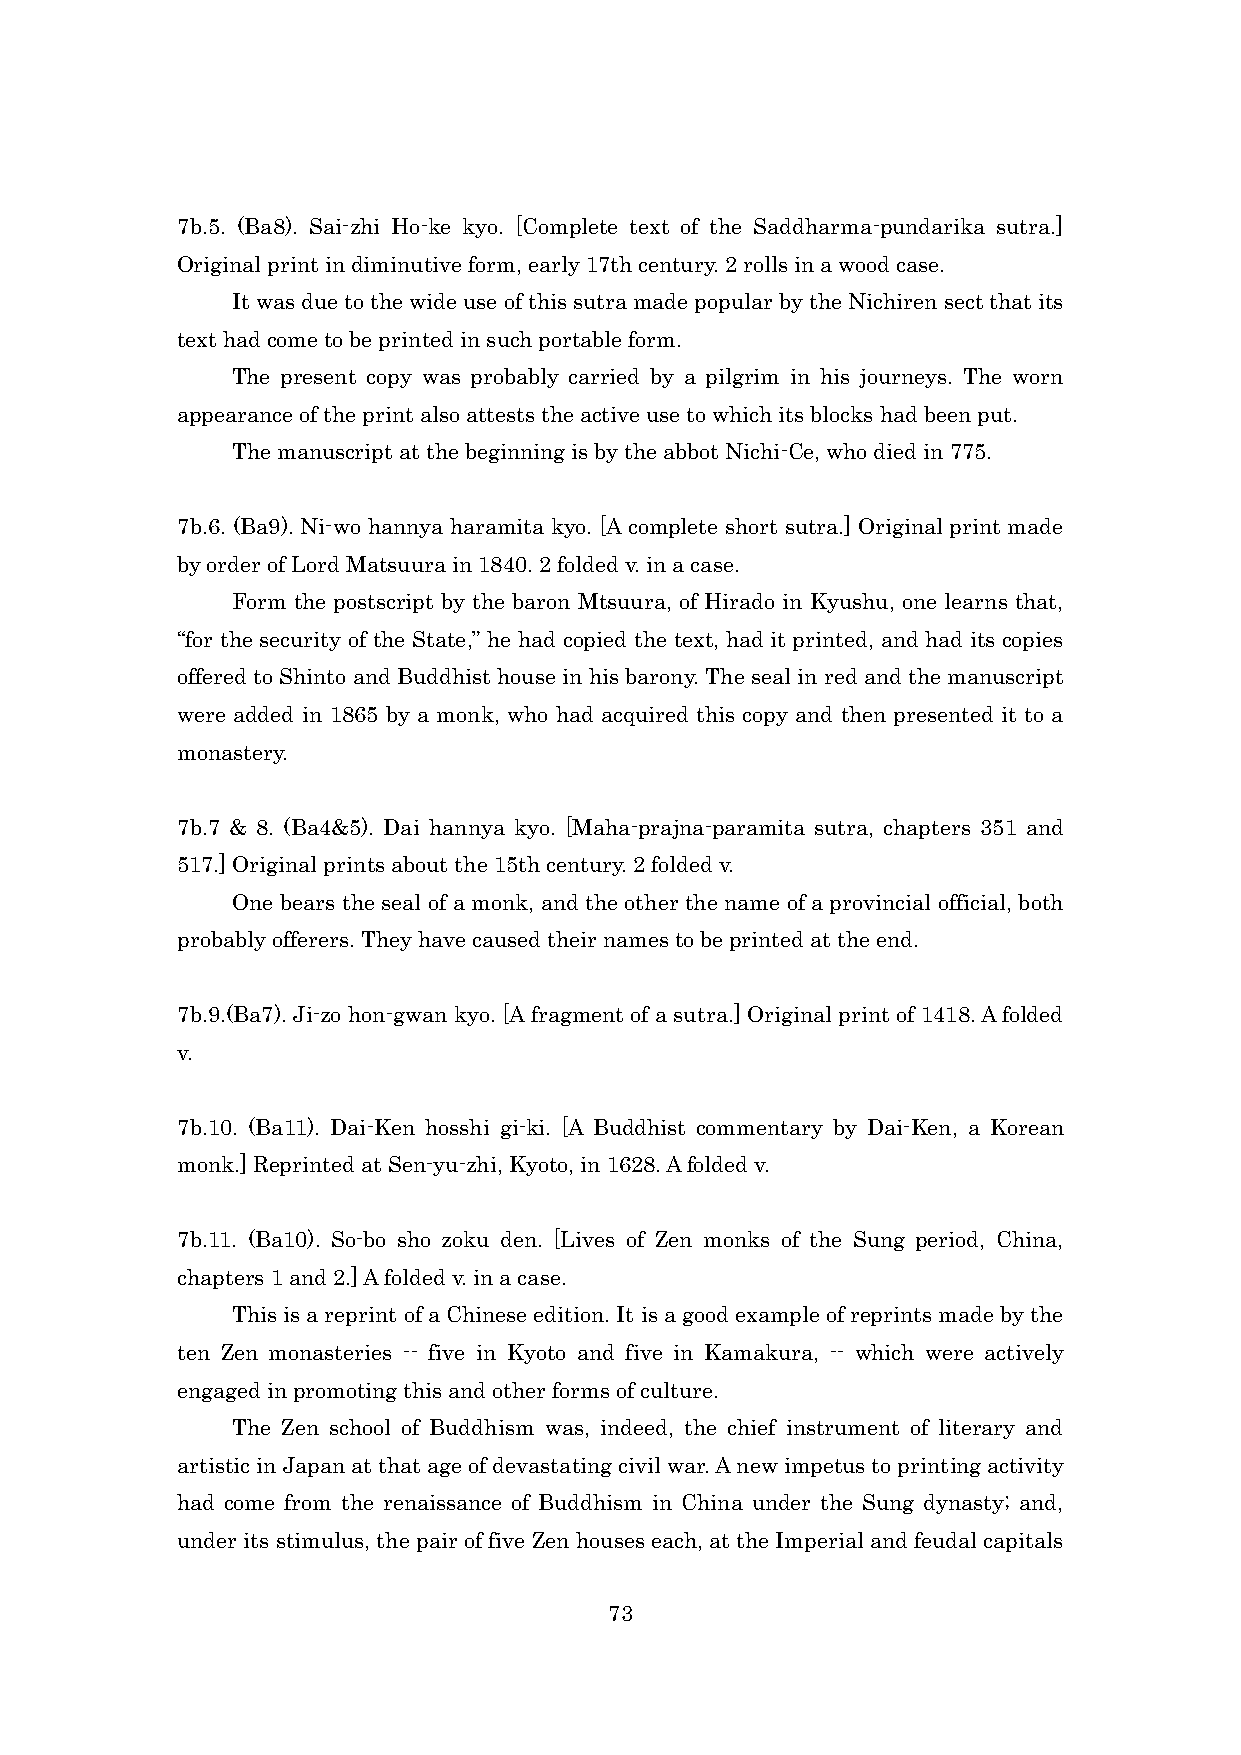
7b.5. (Ba8). Sai-zhi Ho-ke kyo. [Complete text of the Saddharma-pundarika sutra.]
 Original print in diminutive form, early 17th century. 2 rolls in a wood case.
 It was due to the wide use of this sutra made popular by the Nichiren sect that its
 text had come to be printed in such portable form.
 The present copy was probably carried by a pilgrim in his journeys. The worn
 appearance of the print also attests the active use to which its blocks had been put.
 The manuscript at the beginning is by the abbot Nichi-Ce, who died in 775.
 7b.6. (Ba9). Ni-wo hannya haramita kyo. [A complete short sutra.] Original print made
 by order of Lord Matsuura in 1840. 2 folded v. in a case.
 Form the postscript by the baron Mtsuura, of Hirado in Kyushu, one learns that,
 “for the security of the State,” he had copied the text, had it printed, and had its copies
 offered to Shinto and Buddhist house in his barony. The seal in red and the manuscript
 were added in 1865 by a monk, who had acquired this copy and then presented it to a
 monastery.
 7b.7 & 8. (Ba4&5). Dai hannya kyo. [Maha-prajna-paramita sutra, chapters 351 and
 517.] Original prints about the 15th century. 2 folded v.
 One bears the seal of a monk, and the other the name of a provincial official, both
 probably offerers. They have caused their names to be printed at the end.
 7b.9.(Ba7). Ji-zo hon-gwan kyo. [A fragment of a sutra.] Original print of 1418. A folded
 v.
 7b.10. (Ba11). Dai-Ken hosshi gi-ki. [A Buddhist commentary by Dai-Ken, a Korean
 monk.] Reprinted at Sen-yu-zhi, Kyoto, in 1628. A folded v.
 7b.11. (Ba10). So-bo sho zoku den. [Lives of Zen monks of the Sung period, China,
 chapters 1 and 2.] A folded v. in a case.
 This is a reprint of a Chinese edition. It is a good example of reprints made by the
 ten Zen monasteries -- five in Kyoto and five in Kamakura, -- which were actively
 engaged in promoting this and other forms of culture.
 The Zen school of Buddhism was, indeed, the chief instrument of literary and
 artistic in Japan at that age of devastating civil war. A new impetus to printing activity
 had come from the renaissance of Buddhism in China under the Sung dynasty; and,
 under its stimulus, the pair of five Zen houses each, at the Imperial and feudal capitals
 73